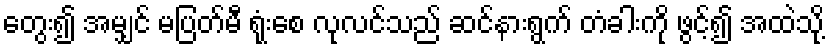
တွေး၍ အမျှင် မပြတ်မီ ရုံးစေ လုလင်သည် ဆင်နားရွက် တံခါးကို ဖွင့်၍ အထဲသို့